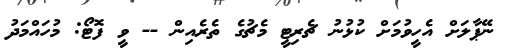
ނޭޕާލަށް އެހީވުމަށް ކުޅުނު ޗެރިޓީ މެޗުގެ ތެރެއިން -- ވީ ފޮޓޯ: މުހައްމަދު